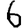
Digit: 6